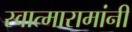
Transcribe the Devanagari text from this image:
स्वात्मारामांनी